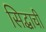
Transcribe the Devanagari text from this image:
सिद्धाची